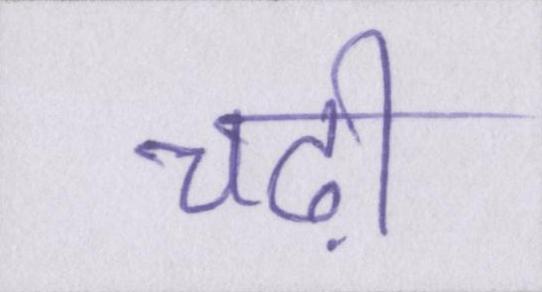
चढ़ी